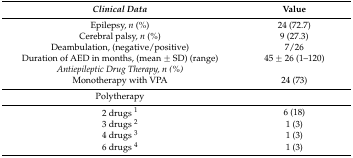
| Clinical Data | Value |
 | --- | --- |
 | Epilepsy, n (%) | 24 (72.7) |
 | Cerebral palsy, n (%) | 9 (27.3) |
 | Deambulation, (negative/positive) | 7/26 |
 | Duration of AED in months, (mean ± SD) (range) | 45 ± 26 (1–120) |
 | Antiepileptic Drug Therapy, n (%) |  |
 | Monotherapy with VPA | 24 (73) |
 | Polytherapy |  |
 | 2 drugs 1 | 6 (18) |
 | 3 drugs 2 | 1 (3) |
 | 4 drugs 3 | 1 (3) |
 | 6 drugs 4 | 1 (3) |